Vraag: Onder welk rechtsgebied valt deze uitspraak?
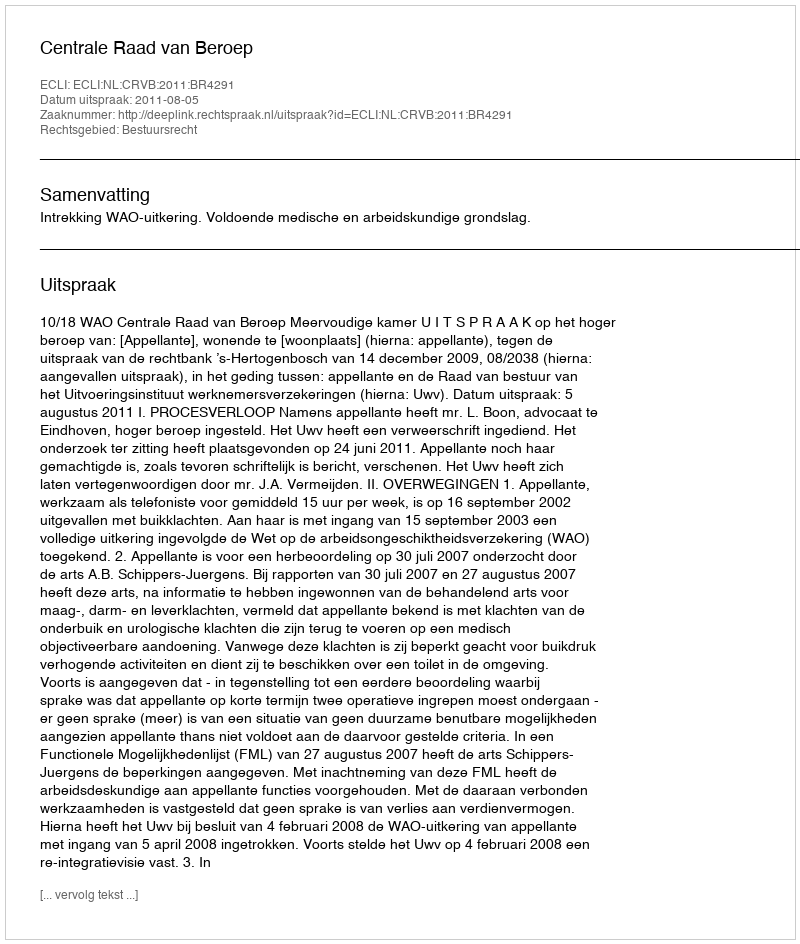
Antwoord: Bestuursrecht